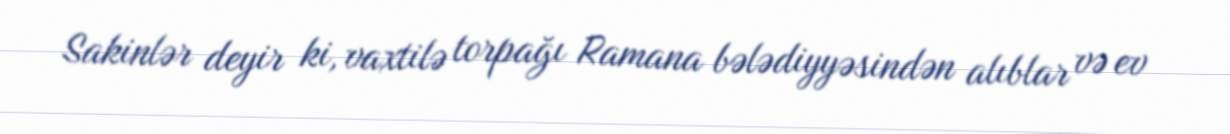
Sakinlər deyir ki, vaxtilə torpağı Ramana bələdiyyəsindən alıblar və ev